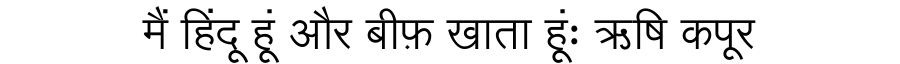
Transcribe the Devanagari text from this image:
मैं हिंदू हूं और बीफ़ खाता हूंः ऋषि कपूर